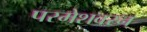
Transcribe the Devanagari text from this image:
परमेशवरन्